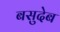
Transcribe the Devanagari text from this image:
बसुदेब